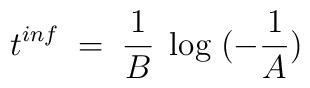
t^{inf}\;=\; \frac{1}{B}\;\log\;(-\frac{1}{A})